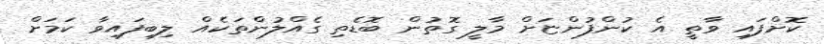
ކޮށްފައި ވާތީ އެ ކުންފުންޏަށް މާލީ ގޮތުން ބޮޑެތި ގެއްލުންތަކެއް ލިބިފައިވާ ކަމަށް